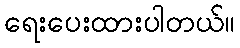
ရေးပေးထားပါတယ်။